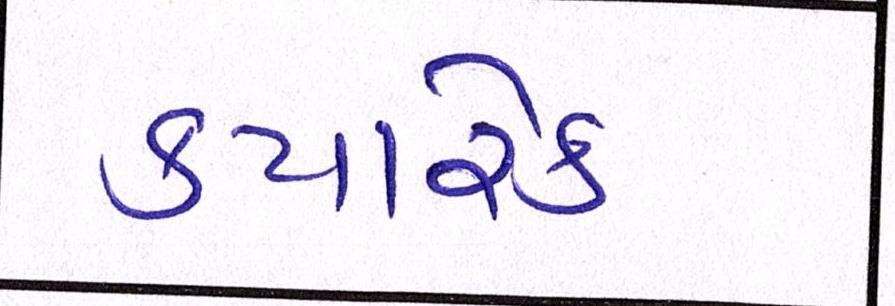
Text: ક્યારેક